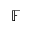
\mathbb { F }